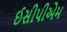
ઈસીપીએમ